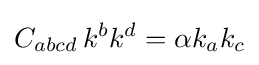
C_{abcd}\,k^{b}k^{d}=\alpha k_{a}k_{c}